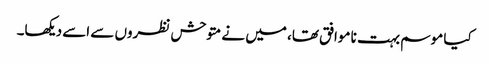
کیا موسم بہت نا موافق تھا، میں نے متوحش نظروں سے اسے دیکھا۔